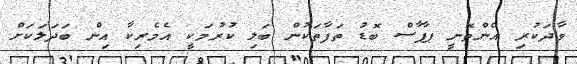
ވާދަކުރި އެންތޮނީ ޕާޕާސް ބޮޑު ތަފާތަކުން ބަލި ކުރުމަކީ އެމެރިކާ އިން ބަދަލަކަށް